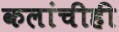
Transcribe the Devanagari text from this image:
कलांचीही